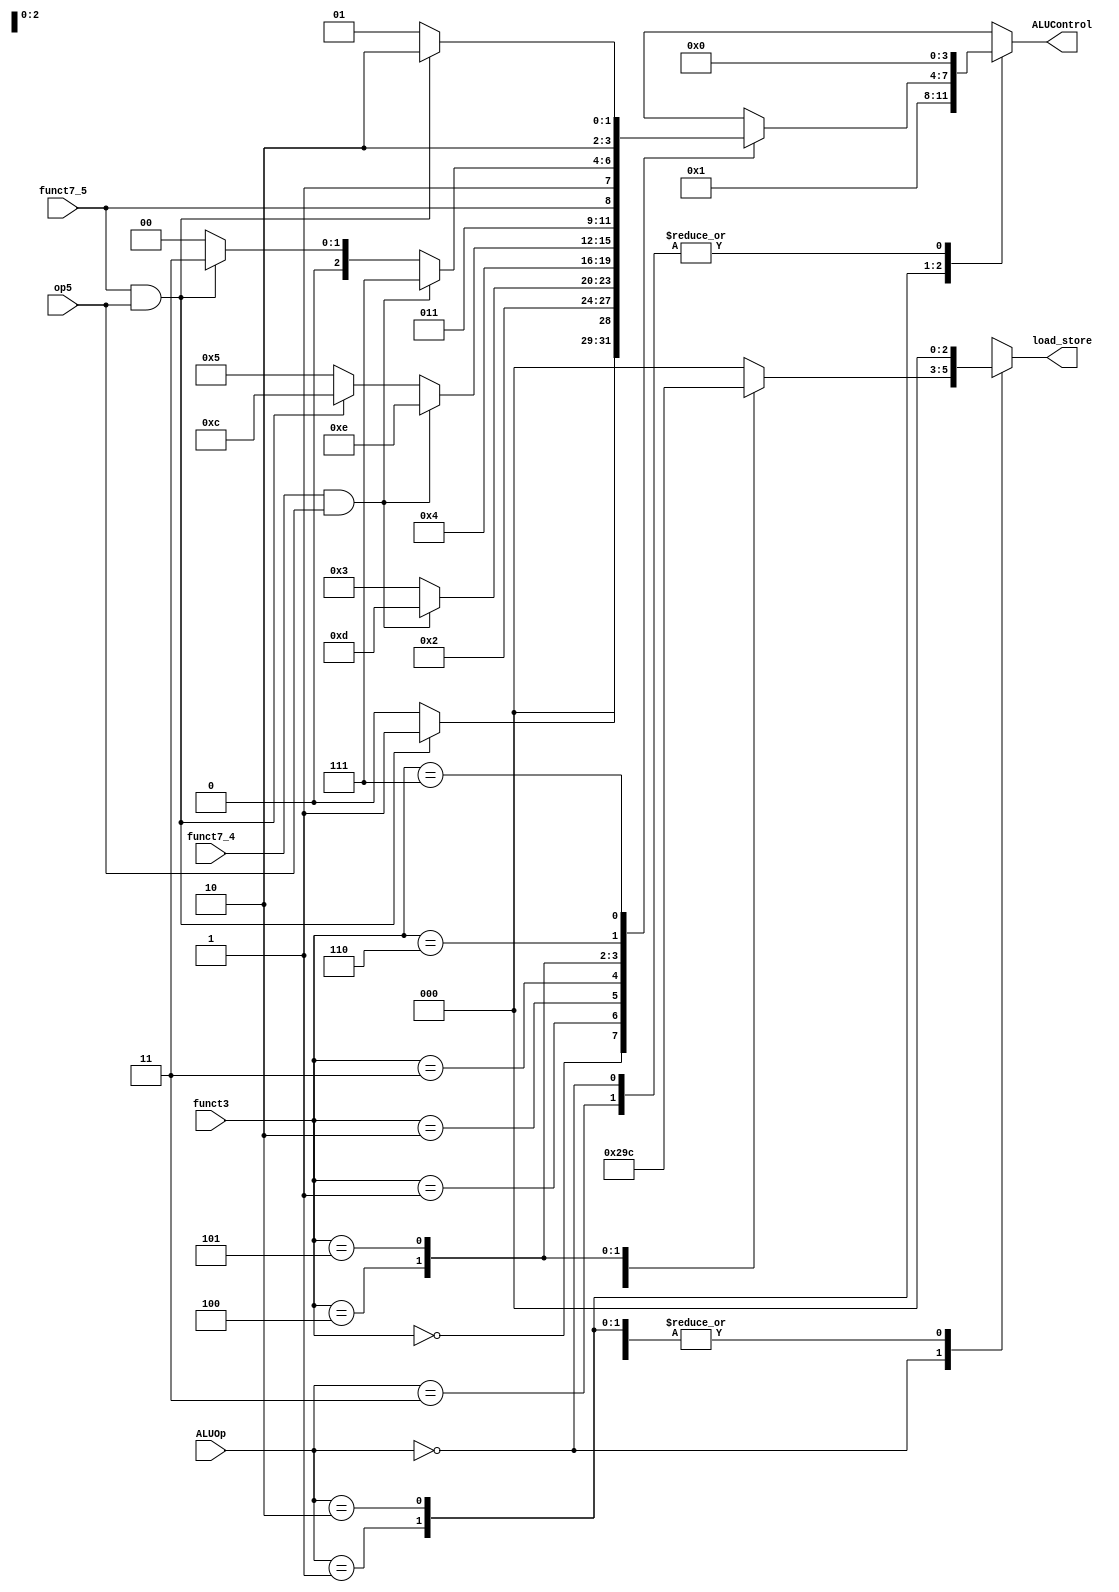
module ALU_decoder(op5,funct3, funct7_5, funct7_4, ALUOp, ALUControl,load_store);
	input op5, funct7_5, funct7_4;
	input [1:0]ALUOp;
	input [2:0]funct3;
	output reg [2:0]load_store;
	output reg [3:0]ALUControl;
	
	wire wire75, wire74;
	assign wire75=funct7_5 & op5;
	assign wire74 = funct7_4 & op5;
	
	always@(*) begin
		casex(ALUOp)
			2'b00: begin //load,store
						ALUControl=4'b0000; //lw,sw (addition)
						case(funct3) 
							3'b000: load_store <= 3'b001;    // lb,sb
							3'b001: load_store <= 3'b010;    // lh,sh
							3'b010: load_store <= 3'b000;    // lw,sw
							3'b100: load_store <= 3'b011;    // lbu
							3'b101: load_store <= 3'b100;    // lhu
							default: load_store <= 3'b000;
						endcase
					end
						
					
			2'b01: begin //branch
						ALUControl=4'b0001; // (subtraction)
						load_store=3'b000;
						
					end
			2'b10: begin //Itype-alu, Rtype
						load_store=3'b000;
						casex(funct3)
							3'b000: begin
										if(wire75) ALUControl=4'b0001; //sub
										else ALUControl=4'b0000; //add,addi
									end
							3'b001: ALUControl=4'b0010; //sll,slli
							3'b010: begin
									if (wire74)  ALUControl=4'b1101; //sh1add
									else ALUControl=4'b0011; //slt,slti
							end
							3'b011: ALUControl=4'b0100; //sltu,sltiu
							3'b100: begin
									if (wire74) ALUControl=4'b1110; //sh2add
									else if (wire75) ALUControl=4'b1100;//xorn
									else ALUControl=4'b0101; //xor,xori
							end
							3'b101: ALUControl={3'b011, funct7_5};// 0(srl,srli), 1(sra,srai)
							3'b110: begin
									if (wire74) ALUControl=4'b1111; //sh3add
									else if (wire75) ALUControl=4'b1011; //orn
									else ALUControl=4'b1000; //or,ori
							end
							3'b111: begin
									if (wire75)ALUControl=4'b1010; //andn
									else ALUControl=4'b1001; //and,andi
							end
							default: ALUControl=3'bxxx; //
						endcase
					end
			2'b11: begin //auipc,lui,jal,jalr
						load_store <= 3'b000;
						ALUControl <= 4'b0000;
					end
					
			default: begin
							load_store <= 3'bx; 
							ALUControl <= 4'bx;
						end

		endcase
	end
endmodule